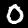
Digit: 0